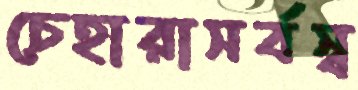
চেহারাসর্বস্ব